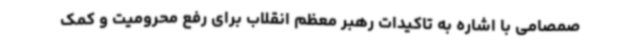
صمصامی با اشاره به تاکیدات رهبر معظم انقلاب برای رفع محرومیت و کمک